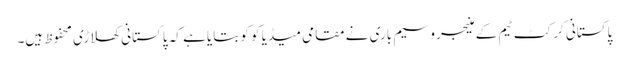
پاکستانی کرکٹ ٹیم کے منیجر وسیم باری نے مقامی میڈیا کو کو بتایا ہے کہ پاکستانی کھلاڑی محفوظ ہیں۔